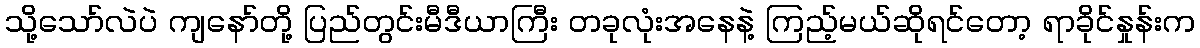
သို့သော်လဲပဲ ကျနော်တို့ ပြည်တွင်းမီဒီယာကြီး တခုလုံးအနေနဲ့ ကြည့်မယ်ဆိုရင်တော့ ရာခိုင်နှုန်းက